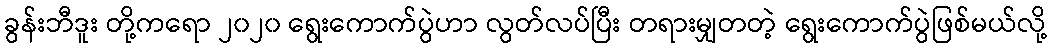
ခွန်းဘီဒူး တို့ကရော ၂၀၂၀ ရွေးကောက်ပွဲဟာ လွတ်လပ်ပြီး တရားမျှတတဲ့ ရွေးကောက်ပွဲဖြစ်မယ်လို့